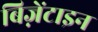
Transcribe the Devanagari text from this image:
बिज़ेंटाइन